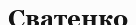
Сватенко